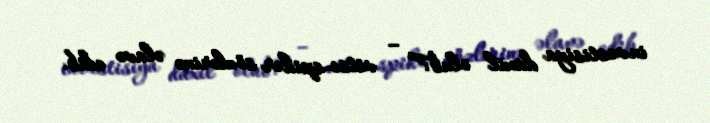
investisiya daxil olub?” – vitse-spiker sözlərinə əlavə edib.